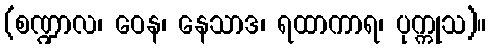
(စဏ္ဍာလ၊ ဝေန၊ နေသာဒ၊ ရထာကာရ၊ ပုက္ကုသ)။